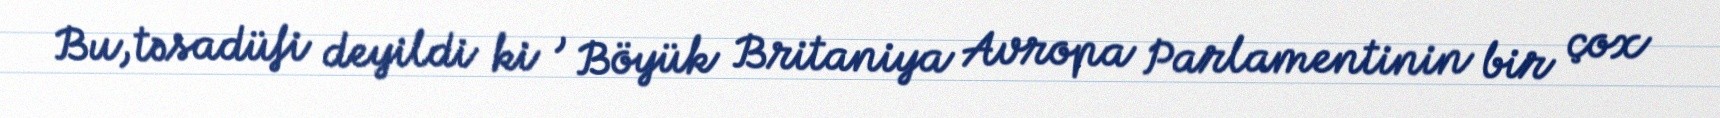
Bu, təsadüfi deyildi ki , Böyük Britaniya Avropa Parlamentinin bir çox